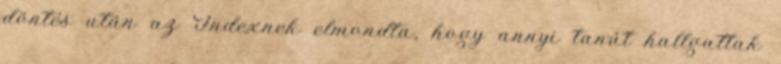
döntés után az Indexnek elmondta, hogy annyi tanút hallgattak